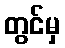
တွင်မှ